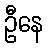
ဦနေ